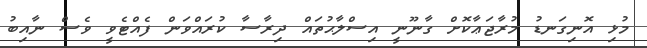
މުޅި އޮނިގަނޑު މުރާޖަޢާކޮށް ގާނޫނީ އިސްލާޙުތައް ދިރާސާ ކުރައްވަން ފެއްޓެވީ ވެސް ނާއިބު